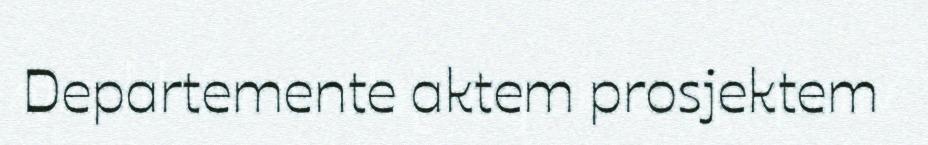
Departemente aktem prosjektem